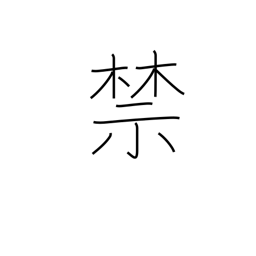
Meaning: forbid